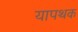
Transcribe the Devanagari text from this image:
यापथक